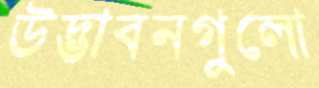
উদ্ভাবনগুলো